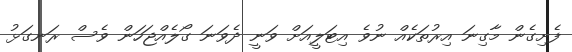
ފެށިގެން މާގިނަ އިރުތަކެއް ނުވެ އިޓަލީއަށް ވަނީ ދެވަނަ ގޯލެއްޖަހަން ވެސް ރަނގަޅު